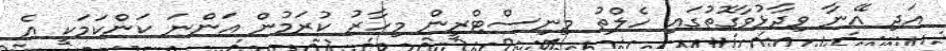
އަދި އޭނާ ވިދާޅުވާގޮތުގައި ހެލްތު މިނިސްޓްރީން މިހާރު ކުރަމުން އަންނަ ކަންކަމަކީ އެ